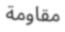
مقاومة